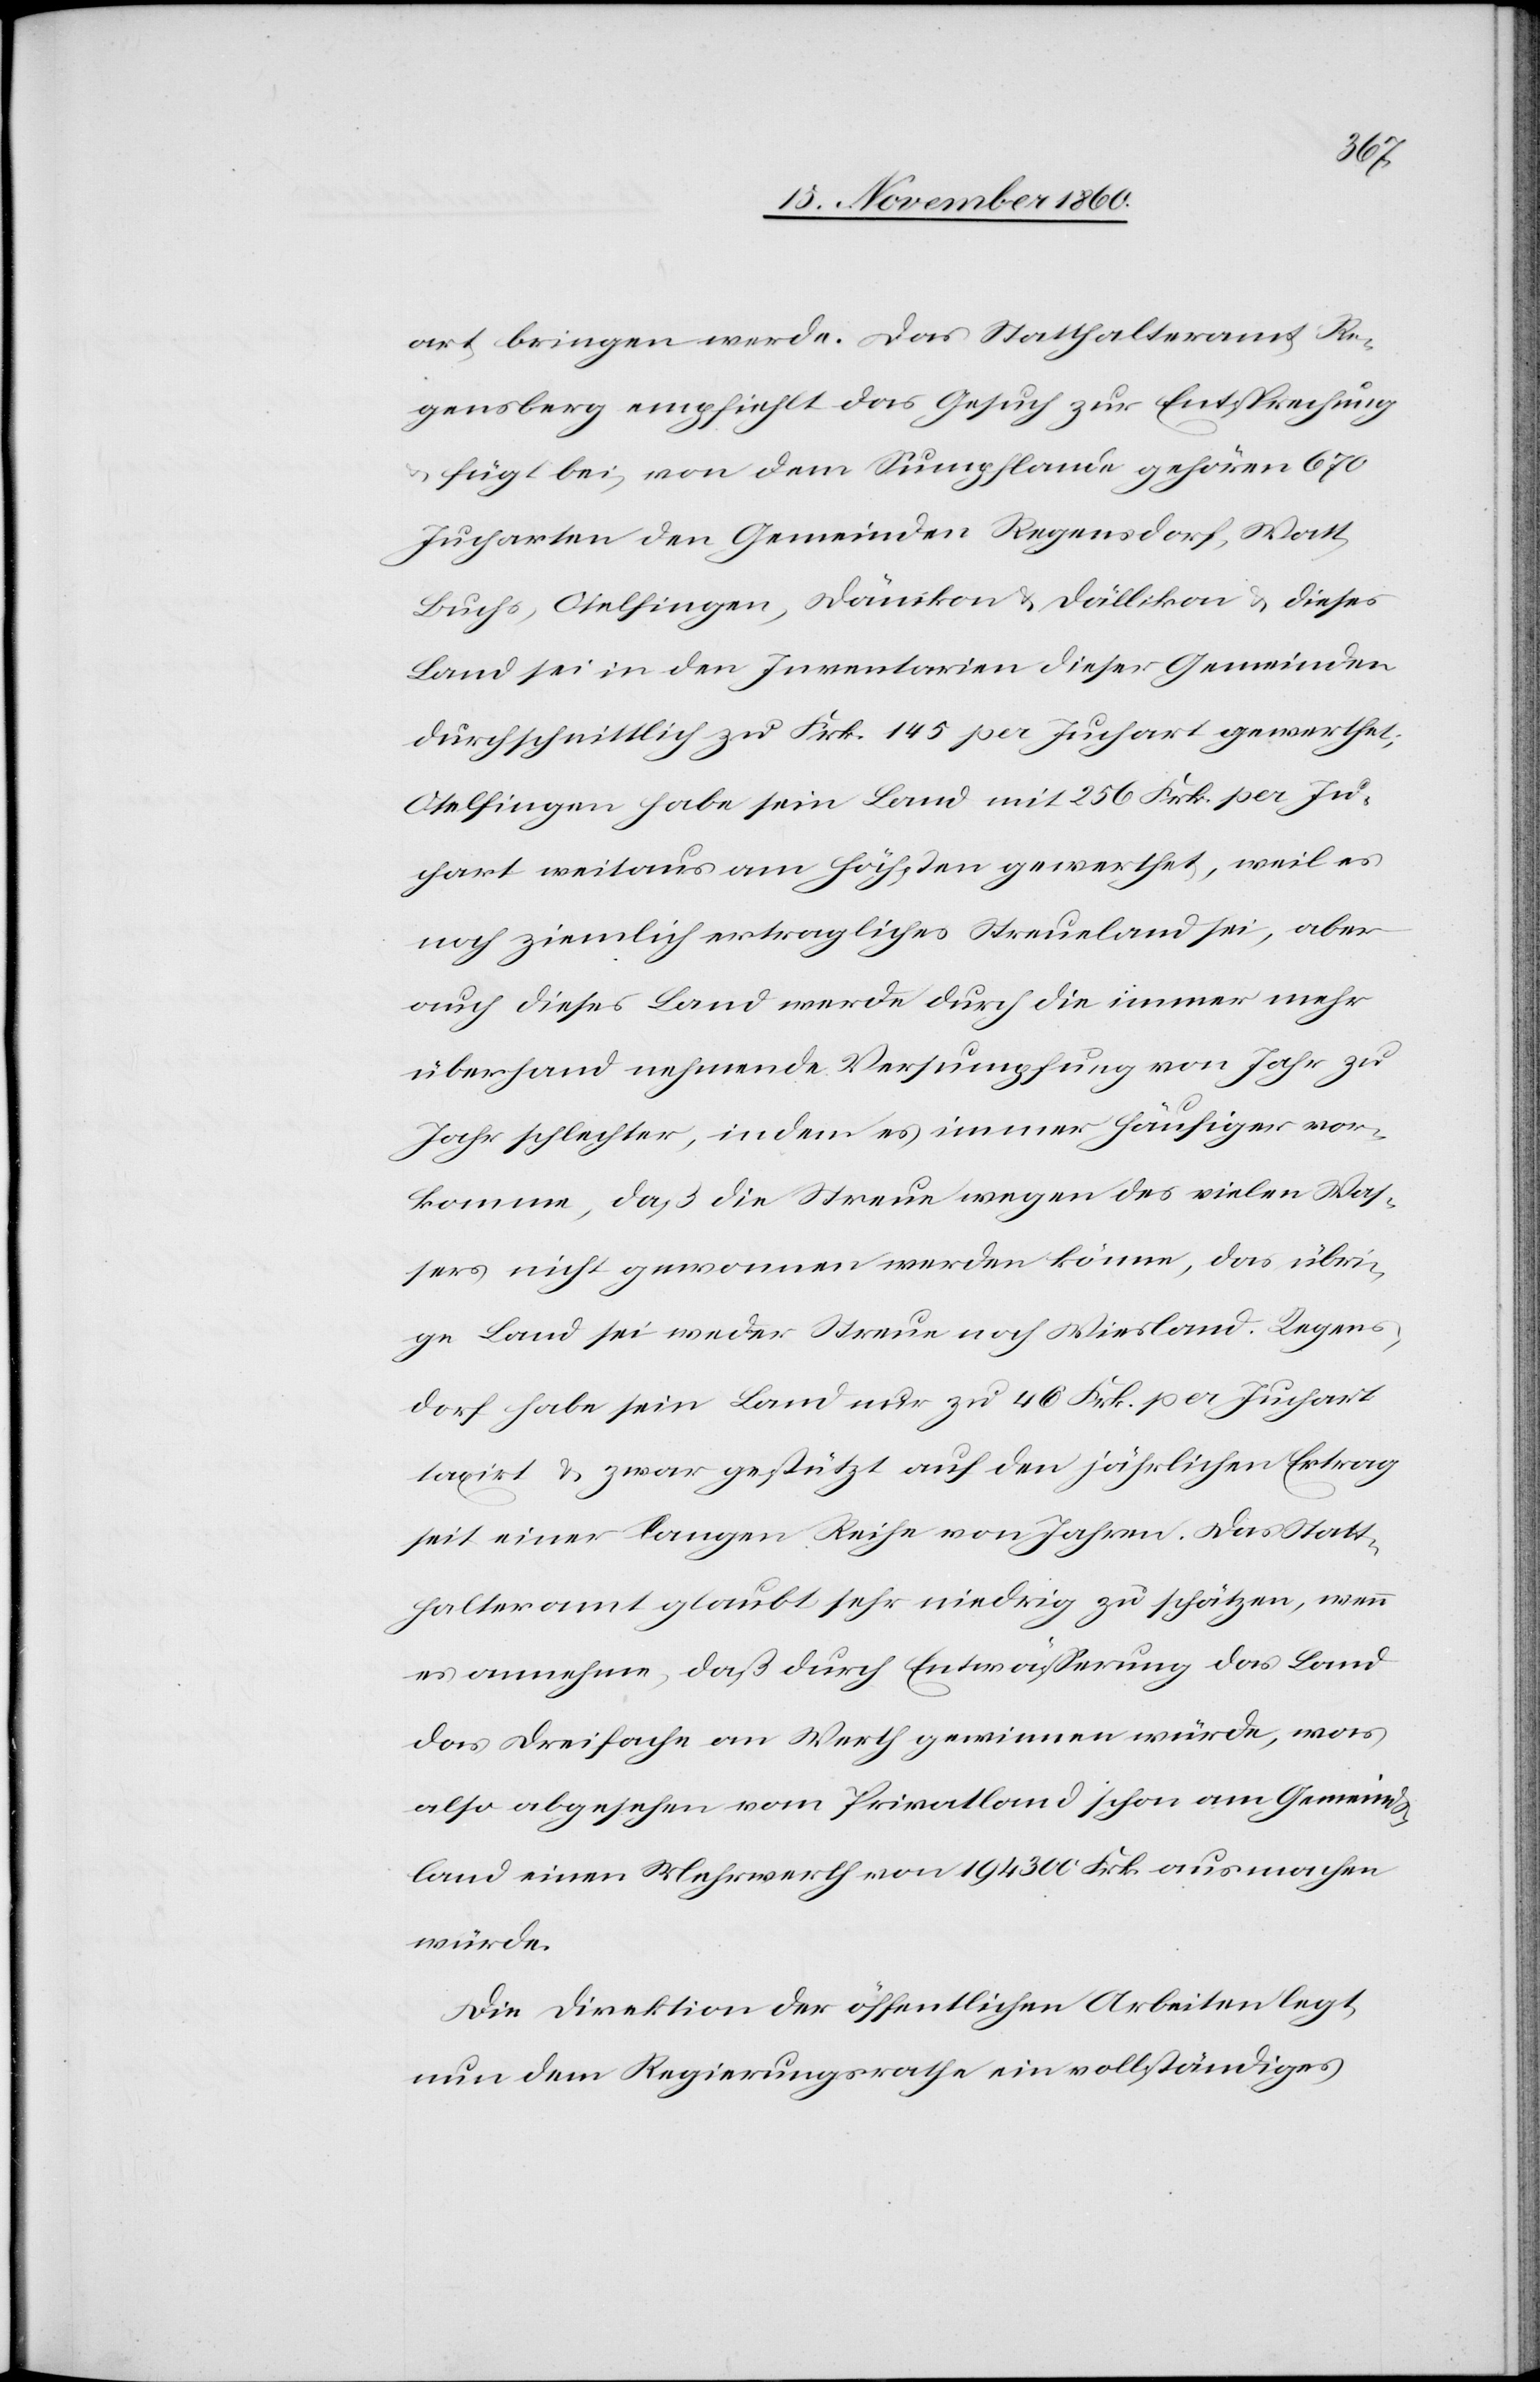
art bringen werde. Das Statthalteramt Re¬
gensberg empfiehlt das Gesuch zur Entsprechung
u. fügt bei, von dem Sumpflande gehören 670
Jucharten den Gemeinden Regensdorf, Watt,
Buchs, Otelfingen, Dänikon u. Dällikon u. dieses
Land sei in den Inventarien dieser Gemeinden
durchschnittlich zu Frk. 145 per Juchart gewerthet;
Otelfingen habe sein Land mit 256 Frk. per Ju¬
chart weitaus am höchsten gewerthet, weil es
noch ziemlich ertragliches Streueland sei, aber
auch dieses Land werde durch die immer mehr
überhand nehmende Versumpfung von Jahr zu
Jahr schlechter, indem es immer häufiger vor¬
komme, daß die Streue wegen des vielen Was¬
sers nicht gewonnen werden könne, das übri¬
ge Land sei weder Streue noch Wiesland. Regens¬
dorf habe sein Land nur zu 46 Frk. per Juchart
taxirt u. zwar gestützt auf den jährlichen Ertrag
seit einer langen Reihe von Jahren. Das Statt¬
halteramt glaub sehr niedrig zu schätzen, wenn
es annehme, daß durch Entwässerung das Land
das dreifache an Werth gewinnen würde, was
also abgesehen vom Privatland schon am Gemeind¬
land einen Mehrwerth von 194 300 Frk. ausmachen
würde.
Die Direktion der öffentlichen Arbeiten legt
nun dem Regierungsrathe ein vollständiges